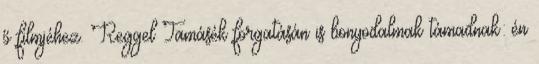
ő filmjéhez. Reggel Tamásék forgatásán is bonyodalmak támadnak: én